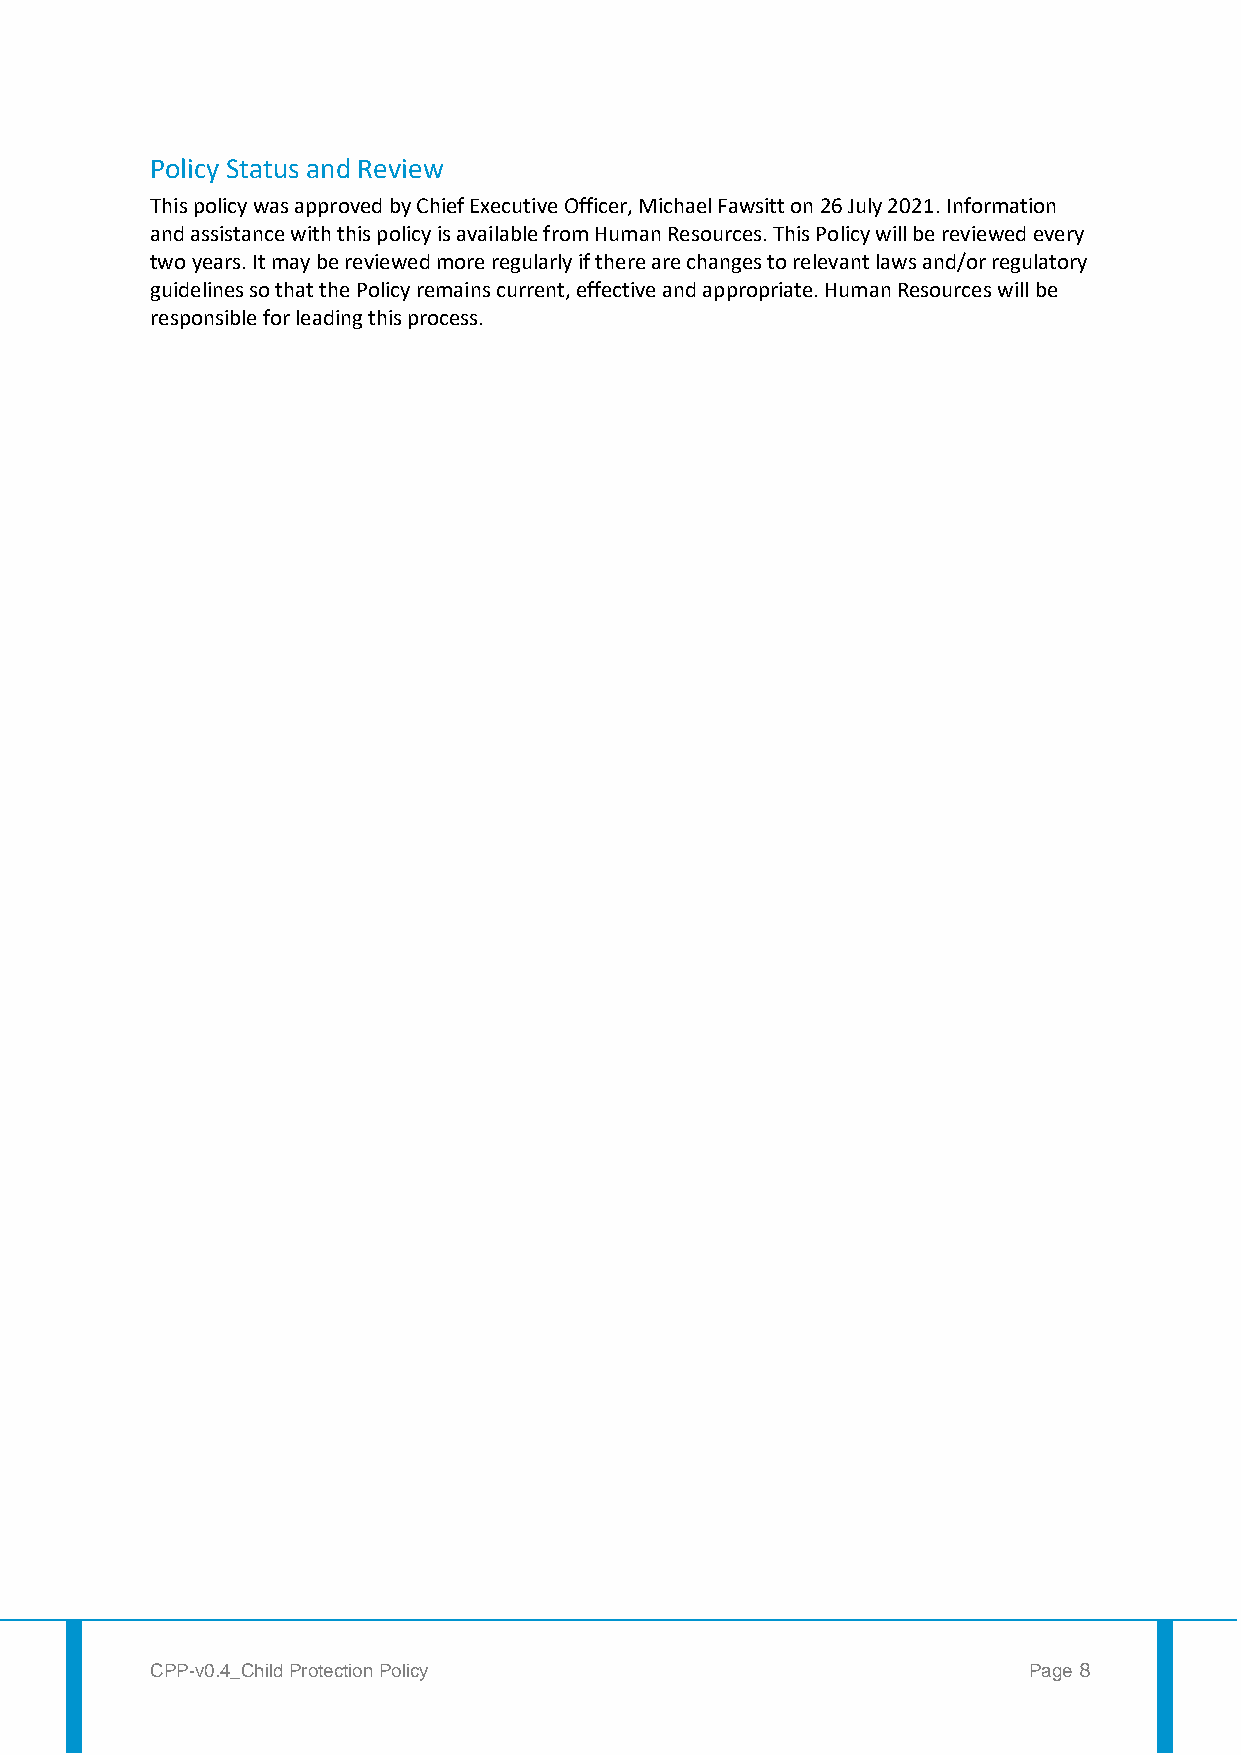
Policy Status and Review
 This policy was approved by Chief Executive Officer, Michael Fawsitt on 26 July 2021. Information
 and assistance with this policy is available from Human Resources. This Policy will be reviewed every
 two years. It may be reviewed more regularly if there are changes to relevant laws and/or regulatory
 guidelines so that the Policy remains current, effective and appropriate. Human Resources will be
 responsible for leading this process.
 CPP-v0.4_Child Protection Policy                          Page 8